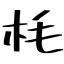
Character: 枆